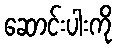
ဆောင်းပါးကို